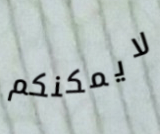
لايمكنكم